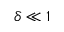
\delta \ll 1